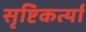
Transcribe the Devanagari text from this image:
सृष्टिकर्त्या